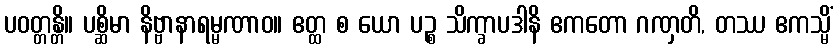
ပဝတ္တန္တိ။ ပစ္ဆိမာ နိဗ္ဗာနာရမ္မဏာဝ။ ဧတ္ထ စ ယော ပဉ္စ သိက္ခာပဒါနိ ဧကတော ဂဏှတိ, တဿ ဧကသ္မိံ